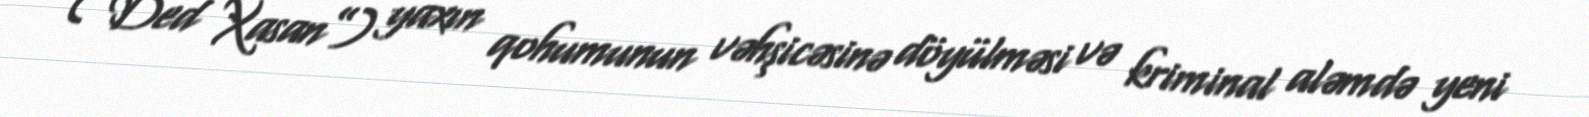
(“Ded Xasan”) yaxın qohumunun vəhşicəsinə döyülməsi və kriminal aləmdə yeni